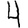
Digit: 4